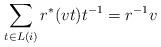
LaTeX: \begin{align*} \displaystyle \sum_{t \in L(i)} r^{\ast}(vt)t^{-1}=r^{-1}v\end{align*}